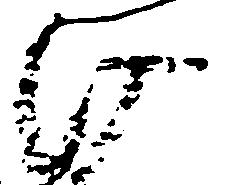
け